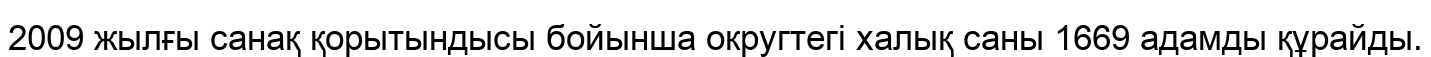
2009 жылғы санақ қорытындысы бойынша округтегі халық саны 1669 адамды құрайды.